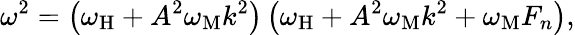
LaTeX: \omega^{2}=\left(\omega_{\mathrm{H}}+A^{2}\omega_{\mathrm{M}}k^{2}\right)\left(\omega_{\mathrm{H}}+A^{2}\omega_{\mathrm{M}}k^{2}+\omega_{\mathrm{M}}F_{n}\right),